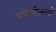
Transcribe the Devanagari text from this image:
गणेशोत्सवों